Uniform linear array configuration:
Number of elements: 4
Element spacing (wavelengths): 1
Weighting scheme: kaiser
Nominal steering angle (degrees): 15
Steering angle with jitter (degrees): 14.054
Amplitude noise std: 0.05
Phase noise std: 0.05

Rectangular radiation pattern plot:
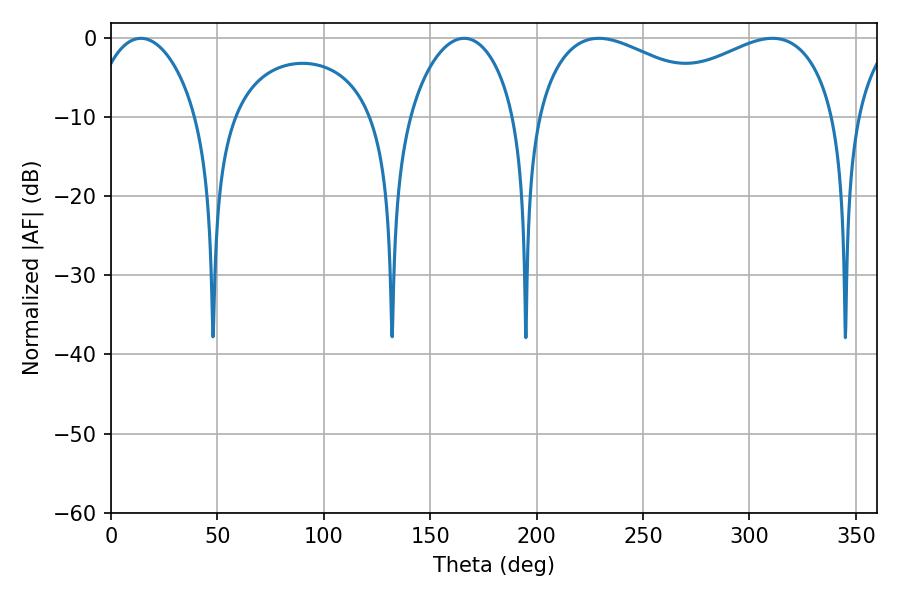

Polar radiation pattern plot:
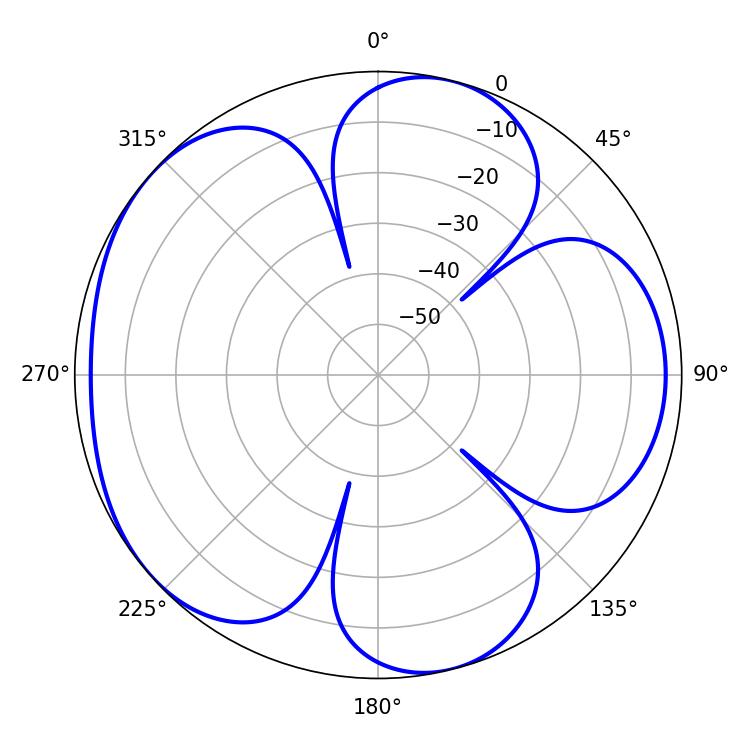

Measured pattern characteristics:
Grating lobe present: TRUE
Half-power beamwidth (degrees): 28.26
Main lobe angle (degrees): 14.04